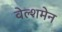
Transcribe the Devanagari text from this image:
वेल्शमेन